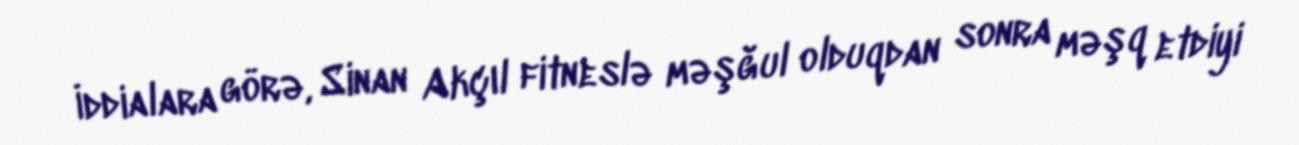
İddialara görə, Sinan Akçıl fitneslə məşğul olduqdan sonra məşq etdiyi